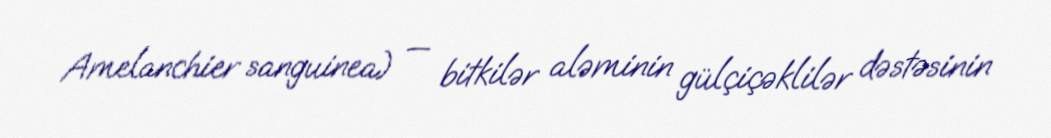
Amelanchier sanguinea) — bitkilər aləminin gülçiçəklilər dəstəsinin